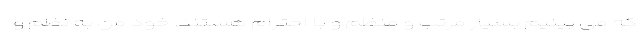
که می بینیم بسیار مرتب و منظم و با احترام هستند. خود من به نظم و